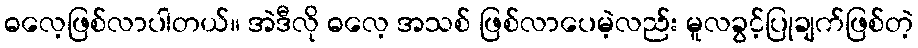
ဓလေ့ဖြစ်လာပါတယ်။ အဲဒီလို ဓလေ့ အသစ် ဖြစ်လာပေမဲ့လည်း မူလခွင့်ပြုချက်ဖြစ်တဲ့